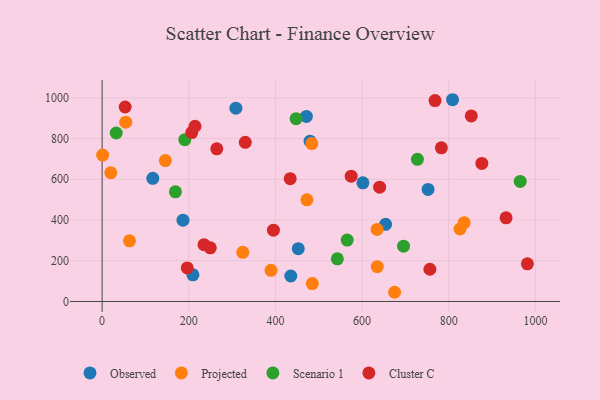
{"axis": {"x": "Experience", "y": "Exam Score"}, "legend": ["Cluster C", "Observed", "Projected", "Scenario 1"], "data": [{"x": "186.7", "y": 399.2, "type": "Observed"}, {"x": "471.4", "y": 908.8, "type": "Observed"}, {"x": "435.5", "y": 125.1, "type": "Observed"}, {"x": "601.9", "y": 582.6, "type": "Observed"}, {"x": "117.0", "y": 604.9, "type": "Observed"}, {"x": "808.8", "y": 990.7, "type": "Observed"}, {"x": "654.2", "y": 379.1, "type": "Observed"}, {"x": "452.7", "y": 259.2, "type": "Observed"}, {"x": "308.8", "y": 949.3, "type": "Observed"}, {"x": "209.6", "y": 131.0, "type": "Observed"}, {"x": "479.9", "y": 787.0, "type": "Observed"}, {"x": "752.3", "y": 550.2, "type": "Observed"}, {"x": "324.6", "y": 241.2, "type": "Projected"}, {"x": "826.1", "y": 355.8, "type": "Projected"}, {"x": "146.0", "y": 692.0, "type": "Projected"}, {"x": "63.2", "y": 297.7, "type": "Projected"}, {"x": "634.6", "y": 353.7, "type": "Projected"}, {"x": "472.7", "y": 499.2, "type": "Projected"}, {"x": "20.0", "y": 632.5, "type": "Projected"}, {"x": "483.9", "y": 775.2, "type": "Projected"}, {"x": "1.2", "y": 719.0, "type": "Projected"}, {"x": "675.0", "y": 45.2, "type": "Projected"}, {"x": "635.0", "y": 170.7, "type": "Projected"}, {"x": "485.2", "y": 87.7, "type": "Projected"}, {"x": "835.6", "y": 386.9, "type": "Projected"}, {"x": "54.6", "y": 880.6, "type": "Projected"}, {"x": "389.8", "y": 153.0, "type": "Projected"}, {"x": "542.9", "y": 209.5, "type": "Scenario 1"}, {"x": "565.7", "y": 301.5, "type": "Scenario 1"}, {"x": "169.2", "y": 538.6, "type": "Scenario 1"}, {"x": "32.5", "y": 827.4, "type": "Scenario 1"}, {"x": "190.9", "y": 794.3, "type": "Scenario 1"}, {"x": "447.8", "y": 897.5, "type": "Scenario 1"}, {"x": "727.7", "y": 698.2, "type": "Scenario 1"}, {"x": "695.7", "y": 271.6, "type": "Scenario 1"}, {"x": "965.0", "y": 589.4, "type": "Scenario 1"}, {"x": "932.3", "y": 411.0, "type": "Cluster C"}, {"x": "852.0", "y": 911.0, "type": "Cluster C"}, {"x": "981.5", "y": 184.9, "type": "Cluster C"}, {"x": "395.4", "y": 349.9, "type": "Cluster C"}, {"x": "206.9", "y": 829.5, "type": "Cluster C"}, {"x": "53.2", "y": 954.9, "type": "Cluster C"}, {"x": "783.0", "y": 754.5, "type": "Cluster C"}, {"x": "235.2", "y": 278.8, "type": "Cluster C"}, {"x": "264.7", "y": 749.4, "type": "Cluster C"}, {"x": "330.4", "y": 781.7, "type": "Cluster C"}, {"x": "876.4", "y": 677.7, "type": "Cluster C"}, {"x": "434.1", "y": 603.2, "type": "Cluster C"}, {"x": "756.5", "y": 158.2, "type": "Cluster C"}, {"x": "768.3", "y": 986.5, "type": "Cluster C"}, {"x": "249.7", "y": 263.4, "type": "Cluster C"}, {"x": "214.4", "y": 860.5, "type": "Cluster C"}, {"x": "640.5", "y": 561.4, "type": "Cluster C"}, {"x": "574.8", "y": 615.2, "type": "Cluster C"}, {"x": "196.5", "y": 164.8, "type": "Cluster C"}]}